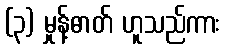
(၃) မှုန့်ဓာတ် ဟူသည်ကား